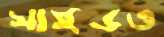
সাইডও